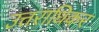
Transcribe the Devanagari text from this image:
उत्तराधिकर